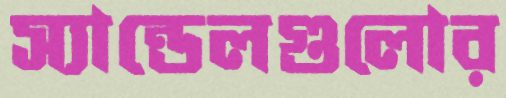
স্যান্ডেলগুলোর